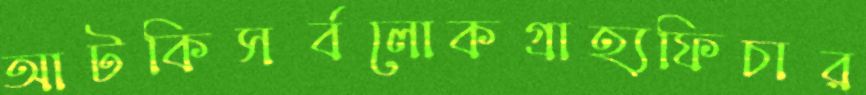
আটকিসর্বলোকগ্রাহ্যফিচার